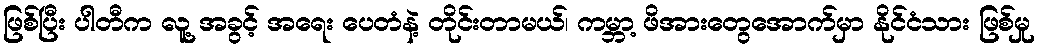
ဖြစ်ပြီး ပါတီက လူ့ အခွင့် အရေး ပေတံနဲ့ တိုင်းတာမယ်၊ ကမ္ဘာ့ ဖိအားတွေအောက်မှာ နိုင်ငံသား ဖြစ်မှု